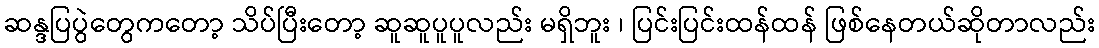
ဆန္ဒပြပွဲတွေကတော့ သိပ်ပြီးတော့ ဆူဆူပူပူလည်း မရှိဘူး ၊ ပြင်းပြင်းထန်ထန် ဖြစ်နေတယ်ဆိုတာလည်း